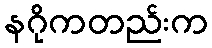
နဂိုကတည်းက